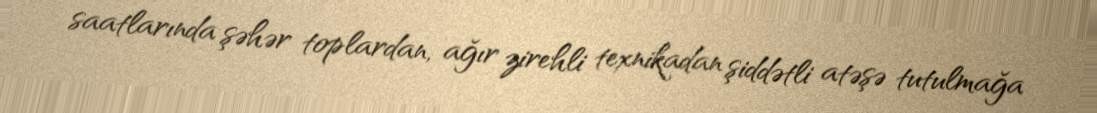
saatlarında şəhər toplardan, ağır zirehli texnikadan şiddətli atəşə tutulmağa